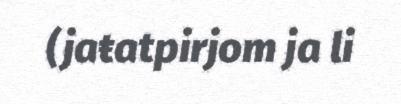
(jaŧatpirjom ja li